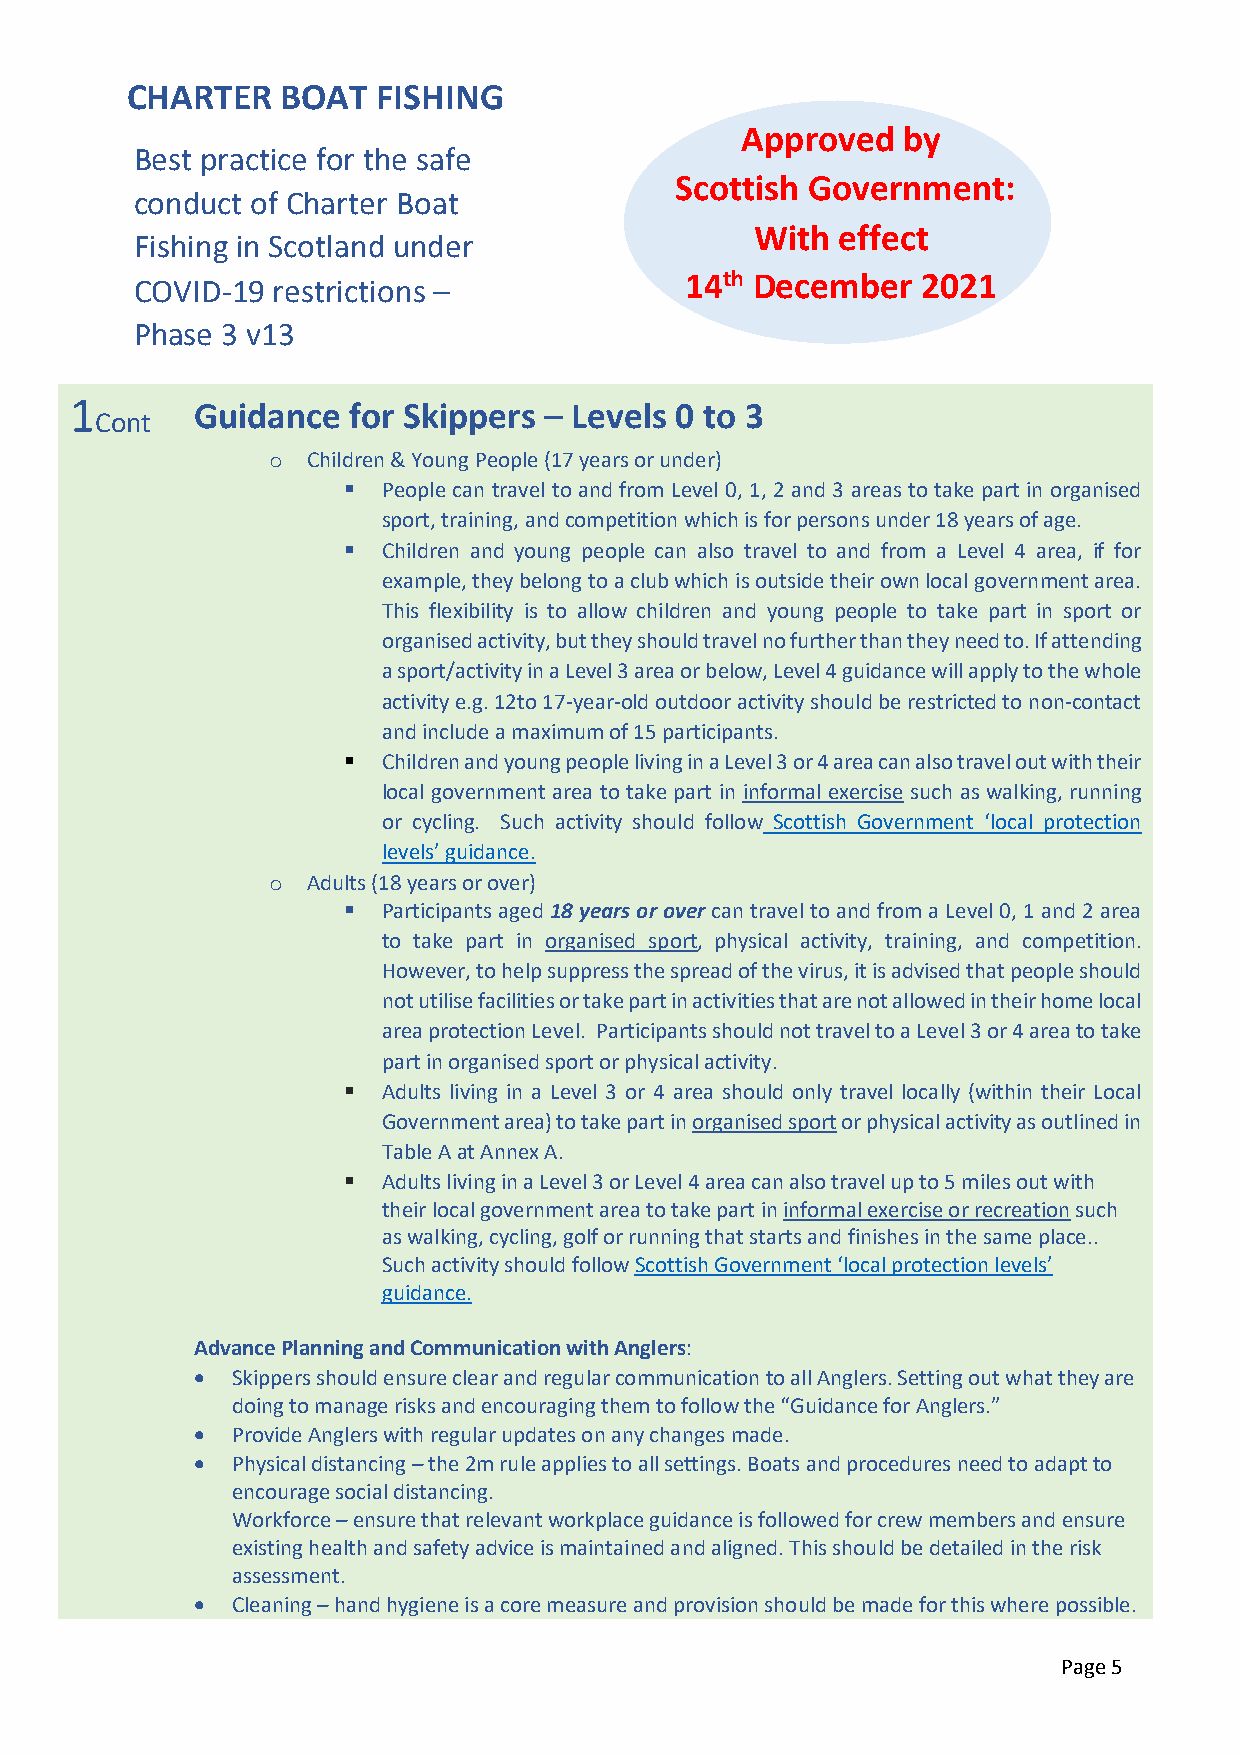
CHARTER    BOAT  FISHING
 Approved   by
 Best practice for the safe
 Scottish Government:
 conduct of Charter Boat
 With effect
 Fishing in Scotland under
 COVID-19 restrictions –             14th December   2021
 Phase 3 v13
 1
 Cont
 Guidance  for Skippers – Levels 0 to 3
 o Children & Young People (17 years or under)
  People can travel to and from Level 0, 1, 2 and 3 areas to take part in organised
 sport, training, and competition which is for persons under 18 years of age.
  Children and young people can also travel to and from a Level 4 area, if for
 example, they belong to a club which is outside their own local government area.
 This flexibility is to allow children and young people to take part in sport or
 organised activity, but they should travel no further than they need to. If attending
 a sport/activity in a Level 3 area or below, Level 4 guidance will apply to the whole
 activity e.g. 12to 17-year-old outdoor activity should be restricted to non-contact
 and include a maximum of 15 participants.
  Children and young people living in a Level 3 or 4 area can also travel out with their
 local government area to take part in informal exercise such as walking, running
 or cycling. Such activity should follow Scottish Government ‘local protection
 levels’ guidance.
 o Adults (18 years or over)
  Participants aged 18 years or over can travel to and from a Level 0, 1 and 2 area
 to take part in organised sport, physical activity, training, and competition.
 However, to help suppress the spread of the virus, it is advised that people should
 not utilise facilities or take part in activities that are not allowed in their home local
 area protection Level. Participants should not travel to a Level 3 or 4 area to take
 part in organised sport or physical activity.
  Adults living in a Level 3 or 4 area should only travel locally (within their Local
 Government area) to take part in organised sport or physical activity as outlined in
 Table A at Annex A.
  Adults living in a Level 3 or Level 4 area can also travel up to 5 miles out with
 their local government area to take part in informal exercise or recreation such
 as walking, cycling, golf or running that starts and finishes in the same place..
 Such activity should follow Scottish Government ‘local protection levels’
 guidance.
 Advance Planning and Communication with Anglers:
  Skippers should ensure clear and regular communication to all Anglers. Setting out what they are
 doing to manage risks and encouraging them to follow the “Guidance for Anglers.”
  Provide Anglers with regular updates on any changes made.
  Physical distancing – the 2m rule applies to all settings. Boats and procedures need to adapt to
 encourage social distancing.
 Workforce – ensure that relevant workplace guidance is followed for crew members and ensure
 existing health and safety advice is maintained and aligned. This should be detailed in the risk
 assessment.
  Cleaning – hand hygiene is a core measure and provision should be made for this where possible.
 Page 5